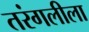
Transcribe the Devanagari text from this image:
तरंगलीला